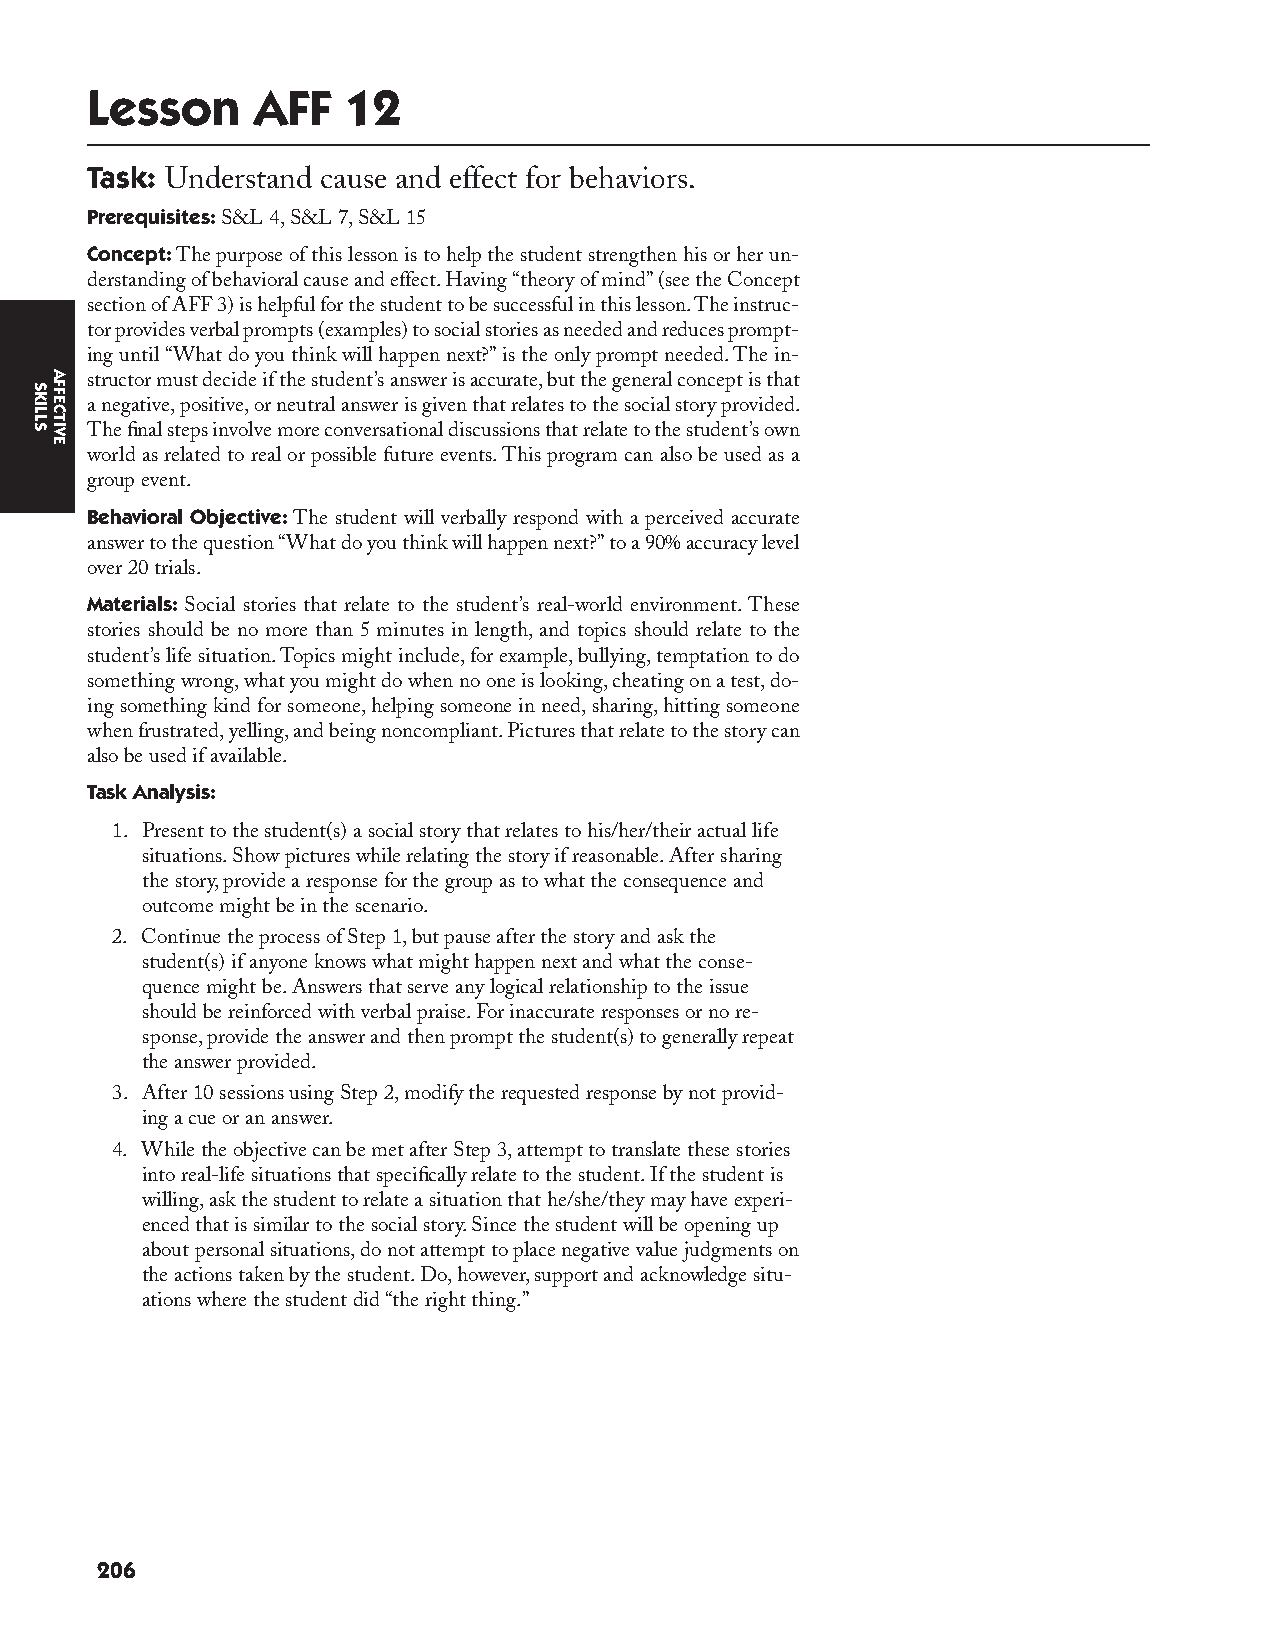
Lesson     AFF   12
 Task: Understand cause and effect for behaviors.
 Prerequisites: S&L 4, S&L 7, S&L 15
 Concept: The purpose of this lesson is to help the student strengthen his or her un-
 derstanding of behavioral cause and effect. Having “theory of mind” (see the Concept
 section of AFF 3) is helpful for the student to be successful in this lesson. The instruc-
 tor provides verbal prompts (examples) to social stories as needed and reduces prompt-
 ing until “What do you think will happen next?” is the only prompt needed. The in-
 structor must decide if the student’s answer is accurate, but the general concept is that
 a negative, positive, or neutral answer is given that relates to the social story provided.
 The fi nal steps involve more conversational discussions that relate to the student’s own
 world as related to real or possible future events. This program can also be used as a
 group event.
 Behavioral Objective: The student will verbally respond with a perceived accurate
 answer to the question “What do you think will happen next?” to a 90% accuracy level
 over 20 trials.
 Materials: Social stories that relate to the student’s real-world environment. These
 stories should be no more than 5 minutes in length, and topics should relate to the
 student’s life situation. Topics might include, for example, bullying, temptation to do
 something wrong, what you might do when no one is looking, cheating on a test, do-
 ing something kind for someone, helping someone in need, sharing, hitting someone
 when frustrated, yelling, and being noncompliant. Pictures that relate to the story can
 also be used if available.
 Task Analysis:
 1. Present to the student(s) a social story that relates to his/her/their actual life
 situations. Show pictures while relating the story if reasonable. After sharing
 the story, provide a response for the group as to what the consequence and
 outcome might be in the scenario.
 2. Continue the process of Step 1, but pause after the story and ask the
 student(s) if anyone knows what might happen next and what the conse-
 quence might be. Answers that serve any logical relationship to the issue
 should be reinforced with verbal praise. For inaccurate responses or no re-
 sponse, provide the answer and then prompt the student(s) to generally repeat
 the answer provided.
 3. After 10 sessions using Step 2, modify the requested response by not provid-
 ing a cue or an answer.
 4. While the objective can be met after Step 3, attempt to translate these stories
 into real-life situations that specifi cally relate to the student. If the student is
 willing, ask the student to relate a situation that he/she/they may have experi-
 enced that is similar to the social story. Since the student will be opening up
 about personal situations, do not attempt to place negative value judgments on
 the actions taken by the student. Do, however, support and acknowledge situ-
 ations where the student did “the right thing.”
 206
 SKILLS
 AFFECTIVE